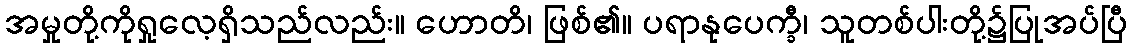
အမှုတို့ကိုရှုလေ့ရှိသည်လည်း။ ဟောတိ၊ ဖြစ်၏။ ပရာနုပေက္ခီ၊ သူတစ်ပါးတို့၌ပြုအပ်ပြီ